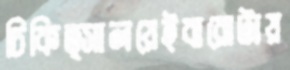
চিকিত্সালয়েইবারোটায়